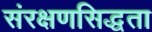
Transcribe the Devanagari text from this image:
संरक्षणसिद्धता